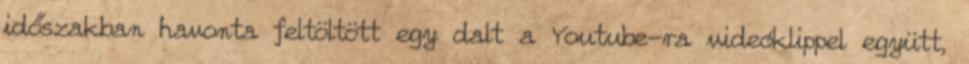
időszakban havonta feltöltött egy dalt a Youtube-ra videóklippel együtt,